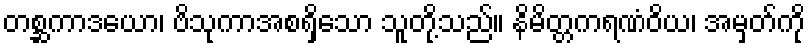
တစ္ဆကာဒယော၊ ဗိသုကာအစရှိသော သူတို့သည်။ နိမိတ္တကရဏံဝိယ၊ အမှတ်ကို